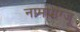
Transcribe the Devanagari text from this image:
नामयांग्जू